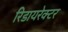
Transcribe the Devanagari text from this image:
रिडायरेक्टर